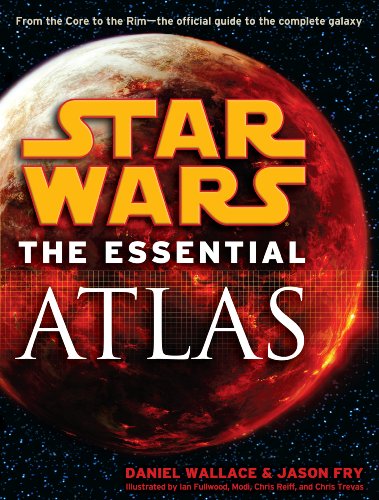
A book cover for Star Wars: The Essential Atlas; Daniel Wallace; Science Fiction & Fantasy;